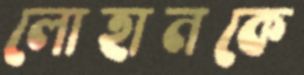
লোহানকে